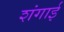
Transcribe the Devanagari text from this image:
शंगाई